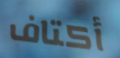
أكتاف